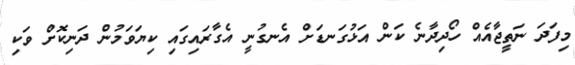
މިފަދަ ނަތީޖާއެއް ހޯދިދާނެ ކަން އަޅުގަނޑަށް އެނގުނީ އެގާރައިގައި ކިޔަވަމުން ދަނިކޮށް ވަކި